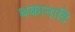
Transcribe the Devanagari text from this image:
थकानादि